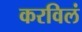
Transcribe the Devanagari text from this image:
करविलं